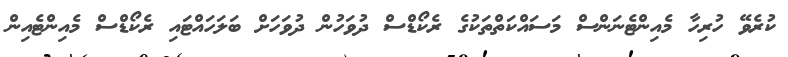
ކުރެވޭ ހުރިހާ މެއިންޓެނަންސް މަސައްކަތްތަކުގެ ރެކޯޑްސް ދުވަހުން ދުވަހަށް ބަލަހައްޓައި ރެކޯޑްސް މެއިންޓެއިން